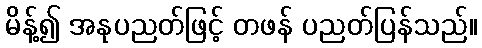
မိန့်၍ အနုပညတ်ဖြင့် တဖန် ပညတ်ပြန်သည်။